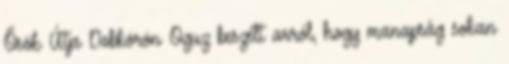
Ősök Útja Dobkörön Oguz beszélt arról, hogy manapság sokan